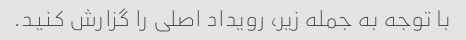
با توجه به جمله زیر، رویداد اصلی را گزارش کنید.